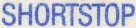
SHORTSTOP